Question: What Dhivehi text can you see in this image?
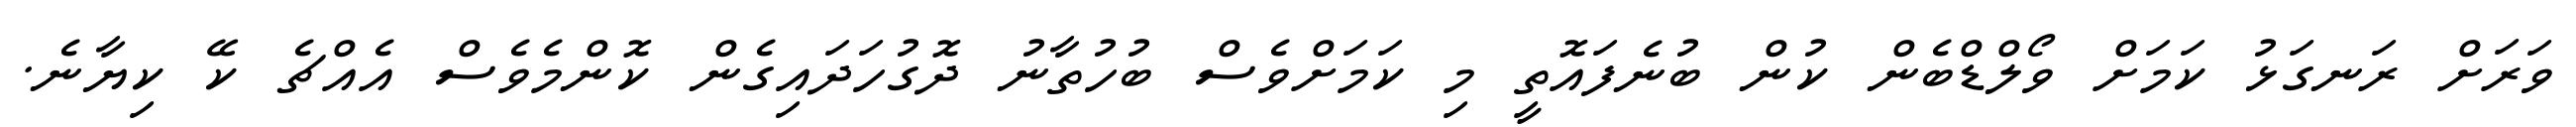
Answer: ވަރަށް ރަނގަޅު ކަމަށް ވޯލްޑްބެން ކުން ބުނެފައޮތީ މި ކަމަށްވެސް ބުހުތާނު ދޮގުހަދައިގެން ކޮންމެވެސް އެއްޗެ ކޭ ކިޔާނެ.